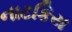
નાટકિય